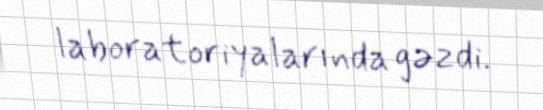
laboratoriyalarında gəzdi.